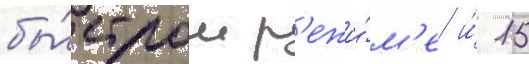
бы́стром р'ежи́м'е и́ 15